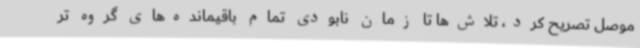
موصل تصریح کرد، تلاش‌ها تا زمان نابودی تمام باقیمانده‌های گروه تر